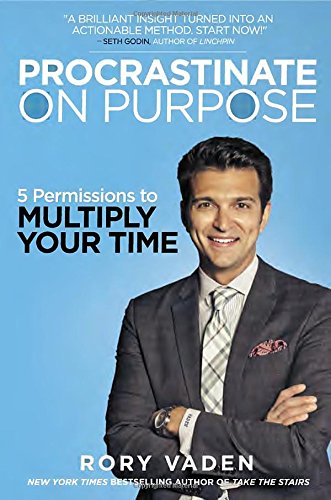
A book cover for Procrastinate on Purpose: 5 Permissions to Multiply Your Time; Rory Vaden; Self-Help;